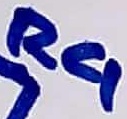
Text: R4